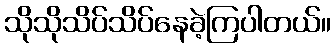
သိုသိုသိပ်သိပ်နေခဲ့ကြပါတယ်။